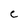
Character: C